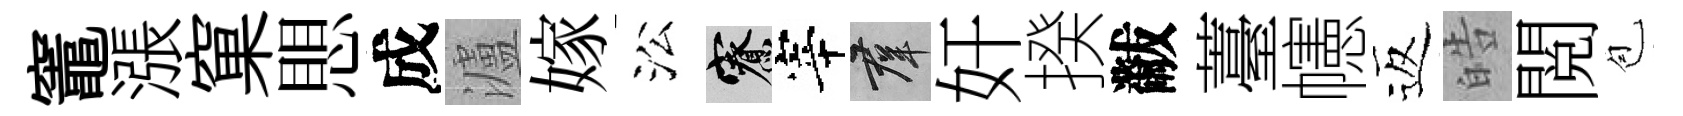
竈漲窠愳成瀘嫁㳂寮宰群奸揆黻薹幰返皓閲苞